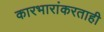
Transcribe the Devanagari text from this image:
कारभारांकरताही